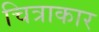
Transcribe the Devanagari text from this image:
चित्राकार